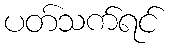
ပတ်သက်ရင်